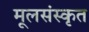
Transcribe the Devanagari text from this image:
मूलसंस्कृत